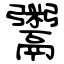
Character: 鬻